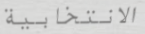
الانتخابية